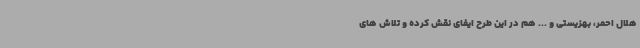
هلال احمر، بهزیستی و ... هم در این طرح ایفای نقش کرده و تلاش های